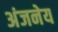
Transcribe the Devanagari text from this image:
अंजनेय